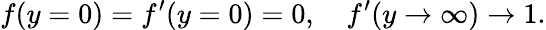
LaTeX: f(y=0)=f^{\prime}(y=0)=0,\quad f^{\prime}(y\to\infty)\to 1.